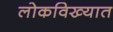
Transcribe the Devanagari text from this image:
लोकविख्यात